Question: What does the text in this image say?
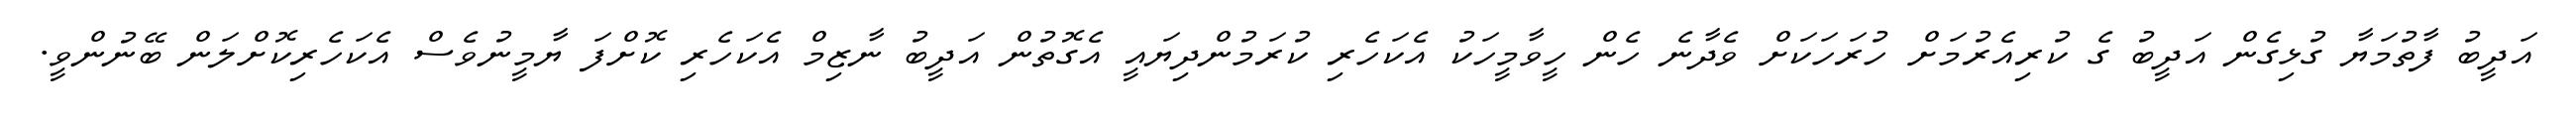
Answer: އަދީބު ފާތުމަޔާ ގުޅިގެން އަދީބު ގެ ކުރިއެރުމަށް ހުރަހަކަށް ވެދާނެ ހެން ހީވާމީހަކު އެކަހެރި ކުރަމުންދިޔައީ އެގޮތުން އަދީބު ނާޒިމް އެކަހެރި ކޮށްފަ ޔާމީނުވެސް އެކަހެރިކޮށްލަން ބޭނުންވީ.